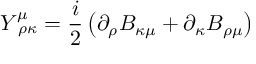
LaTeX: Y _ { \, \, \rho \kappa } ^ { \mu } = \frac { i } { 2 } \left( \partial _ { \rho } B _ { \kappa \mu } + \partial _ { \kappa } B _ { \rho \mu } \right)